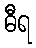
ဓီရ